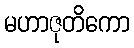
မဟာဇုတိကော